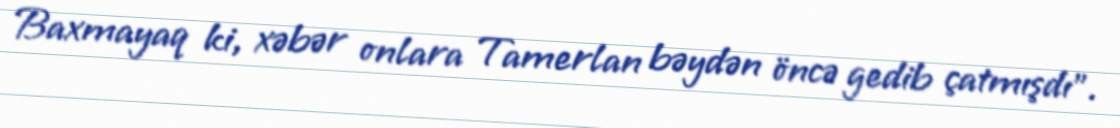
Baxmayaq ki, xəbər onlara Tamerlan bəydən öncə gedib çatmışdı”.